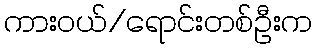
ကားဝယ်/ရောင်းတစ်ဦးက